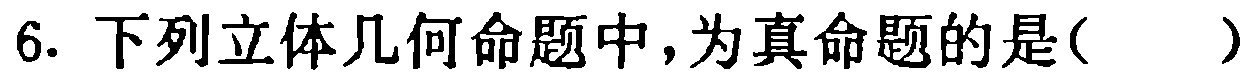
6. 下列立体几何命题中，为真命题的是( )